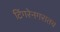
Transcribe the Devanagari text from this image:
टिंगरेनगरातच